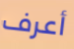
أعرف